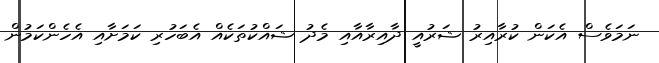
ނަމަވެސް އެކަން ކުރާއިރު ޝަރުއީ ދާއިރާއާއި މެދު ޝައްކުތަކެއް އެބަހުރި ކަމަށާއި އެހެންކަމުން